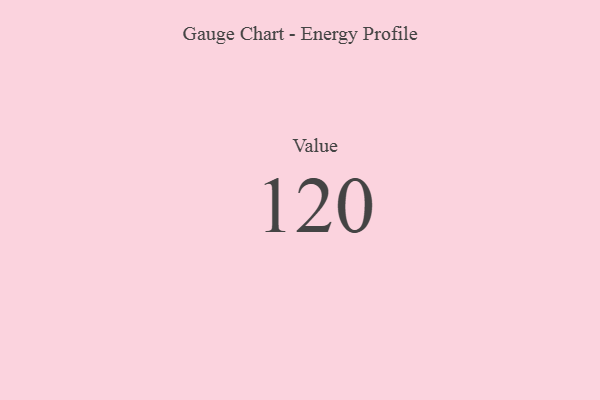
{"axis": {"x": "Metric", "y": "Value"}, "legend": [""], "data": [{"x": "Value", "y": 120, "type": ""}]}